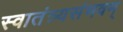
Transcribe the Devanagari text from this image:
स्वातंत्र्यसंभवम्